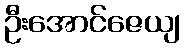
ဦးအောင်ဇေယျ